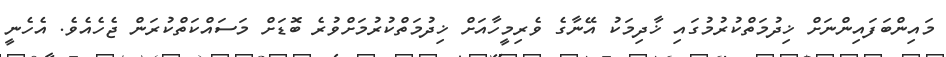
މައިންބަފައިންނަށް ޚިދުމަތްކުރުމުގައި ޚާދިމަކު އޭނާގެ ވެރިމީހާއަށް ޚިދުމަތްކުރުމަށްވުރެ ބޮޑަށް މަސައްކަތްކުރަން ޖެހެއެވެ. އެހެނީ